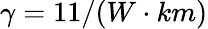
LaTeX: \gamma=11/(W\cdot km)